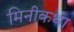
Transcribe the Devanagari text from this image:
मिनीकथा